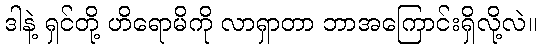
ဒါနဲ့ ရှင်တို့ ဟိရောမိကို လာရှာတာ ဘာအကြောင်းရှိလို့လဲ။